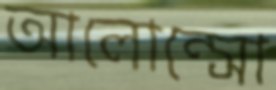
আলোন্সো